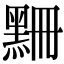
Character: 𪑃